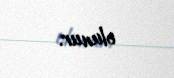
olunur.